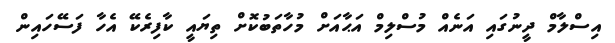
އިސްލާމް ދީނުގައި އަނެއް މުސްލިމް އަޙާއަށް މުހާތަބުކޮށް ތިޔައީ ކާފިރެކޭ އެހާ ފަސޭހައިން